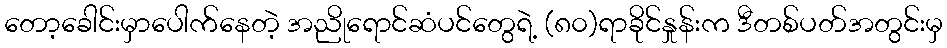
တော့ခေါင်းမှာပေါက်နေတဲ့ အညိုရောင်ဆံပင်တွေရဲ့ (၈၀)ရာခိုင်နှုန်းက ဒီတစ်ပတ်အတွင်းမှ